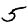
Digit: 5